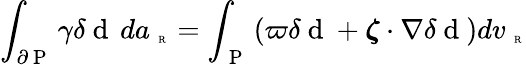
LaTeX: \int_{\partial\mathrm{~P~}}\gamma\delta\mathrm{~d~}\, da_{\mathrm{~\tiny~R~}}=\int_{\mathrm{~P~}}\left(\varpi\delta\mathrm{~d~}+\boldsymbol{\zeta}\cdot\nabla\delta\mathrm{~d~}\right)dv_{\mathrm{~\tiny~R~}}